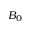
B _ { 0 }